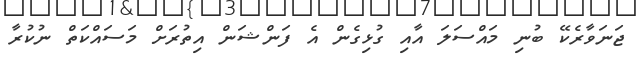
ޖަނަވާރެކޭ ބުނި މައްސަލަ އާއި ގުޅިގެން އެ ފަންޝަން އިތުރަށް މަސައްކަތް ނުކުރާ